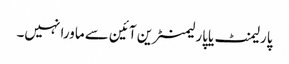
پارلیمنٹ یاپارلیمنٹرین آئین سے ماورا نہیں۔